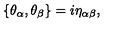
\{ \theta _ { \alpha } , \theta _ { \beta } \} = i \eta _ { \alpha \beta } ,